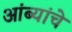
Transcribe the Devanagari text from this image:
आंब्यांचे